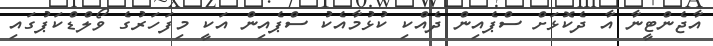
އާޖެންޓީނާ އާ ދެކޮޅަށް ސްޕެއިން ދެއްކި ކުޅުމާއެކު ސްޕެއިން އަކީ މިފަހަރުގެ ވޯލްޑްކަޕުގައި